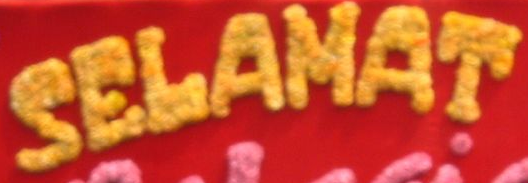
SELAMAT